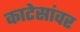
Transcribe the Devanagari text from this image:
काटेसांवर